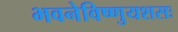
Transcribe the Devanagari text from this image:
भवनेविष्णुयशसः